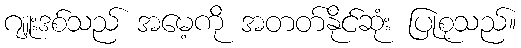
ဂျူးဒစ်သည် အမေ့ကို အတတ်နိုင်ဆုံး ပြုစုသည်။